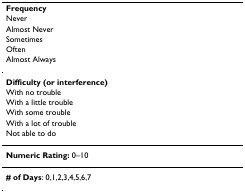
<table><thead><tr><td><b>Frequency</b></td></tr><tr><td><b>Never</b></td></tr><tr><td><b>Almost Never</b></td></tr><tr><td><b>Sometimes</b></td></tr><tr><td><b>Often</b></td></tr><tr><td><b>Almost Always</b></td></tr></thead><tbody><tr><td><b>Difficulty (or interference)</b></td></tr><tr><td>With no trouble</td></tr><tr><td>With a little trouble</td></tr><tr><td>With some trouble</td></tr><tr><td>With a lot of trouble</td></tr><tr><td>Not able to do</td></tr><tr><td><b>Numeric Rating: </b>0–10</td></tr><tr><td><b># of Days</b>: 0,1,2,3,4,5,6,7</td></tr></tbody></table>